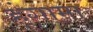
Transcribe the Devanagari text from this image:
ह्ंगामा